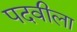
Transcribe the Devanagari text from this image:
पदवीला